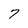
Character: 7